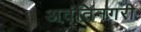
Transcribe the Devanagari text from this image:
अवंतिनगरी